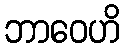
ဘာဝေဟိ